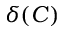
\delta ( C )